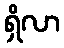
ရှိလာ